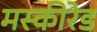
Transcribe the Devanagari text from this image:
मस्कीरेड